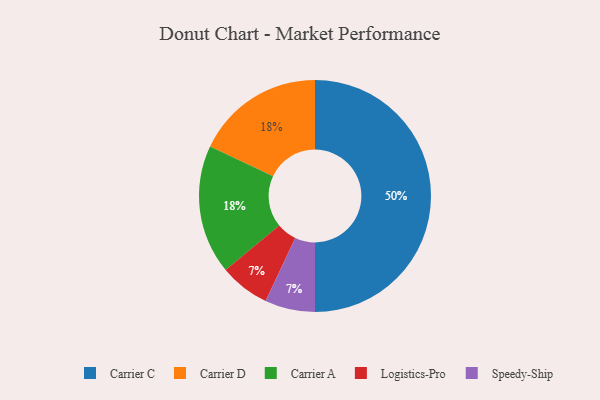
{"axis": {"x": "Category", "y": "Percentage"}, "legend": ["Carrier A", "Carrier C", "Carrier D", "Logistics-Pro", "Speedy-Ship"], "data": [{"x": "Carrier C", "y": 50, "type": "Carrier C"}, {"x": "Logistics-Pro", "y": 7, "type": "Logistics-Pro"}, {"x": "Carrier D", "y": 18, "type": "Carrier D"}, {"x": "Speedy-Ship", "y": 7, "type": "Speedy-Ship"}, {"x": "Carrier A", "y": 18, "type": "Carrier A"}]}